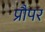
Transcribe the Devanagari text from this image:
प्रौपर